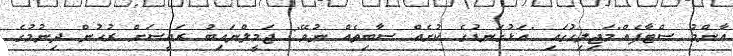
އާންމު ސްޓާފެއް"މަޖިލިހުގައި "އަޅުގަނޑުގެ ކުށެއް ސާބިތެއް ނުވޭ": ޖަމީލްނައިބު ރައީސަށް ރުހުން ދިނުމުގެ